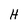
Character: H